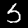
Digit: 5